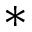
*